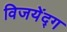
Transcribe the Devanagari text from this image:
विजयेंद्ग